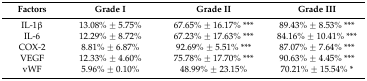
<table><thead><tr><td><b>Factors</b></td><td><b>Grade I</b></td><td><b>Grade II</b></td><td><b>Grade III</b></td></tr></thead><tbody><tr><td>IL-1β</td><td>13.08% ± 5.75%</td><td>67.65% ± 16.17% ***</td><td>89.43% ± 8.53% ***</td></tr><tr><td>IL-6</td><td>12.29% ± 8.72%</td><td>67.23% ± 17.63% ***</td><td>84.16% ± 10.41% ***</td></tr><tr><td>COX-2</td><td>8.81% ± 6.87%</td><td>92.69% ± 5.51% ***</td><td>87.07% ± 7.64% ***</td></tr><tr><td>VEGF</td><td>12.33% ± 4.60%</td><td>75.78% ± 17.70% ***</td><td>90.63% ± 4.45% ***</td></tr><tr><td>vWF</td><td>5.96% ± 0.10%</td><td>48.99% ± 23.15%</td><td>70.21% ± 15.54% *</td></tr></tbody></table>